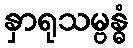
နှာရုသမ္ဗန္ဓံ